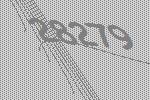
28279